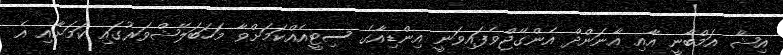
އިޝާ އަމްބާނީ އާއި އާނަންދް އެންގޭޖްވެފައިވަނީ އިންޑިއާގެ ސިޓީއެއްކަމަށްވާ މަހަބަލޭޝްވަރުގައި ކަމަށާއި އެ